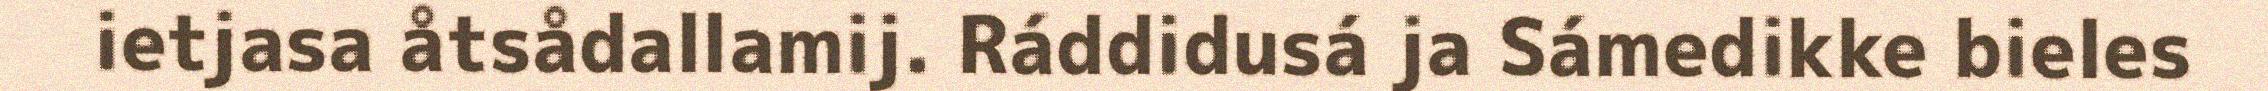
ietjasa åtsådallamij. Ráddidusá ja Sámedikke bieles